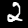
Digit: 2